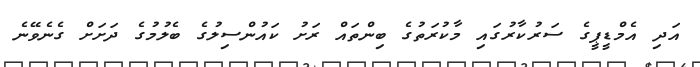
އަދި އެމްޑީޕީގެ ސަރުކާރުގައި މާކުރަތުގެ ބިންތައް ރަށު ކައުންސިލުގެ ބެލުމުގެ ދަށަށް ގެނެވޭނެ